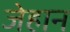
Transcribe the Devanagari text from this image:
जेहान